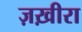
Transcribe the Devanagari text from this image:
ज़ख़ीरा